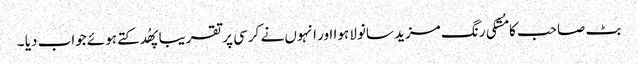
بٹ صاحب کا مُشکی رنگ مزید سانولا ہوا اور انہوں نے کرسی پر تقریبا پھُدکتے ہوئے جواب دیا ۔